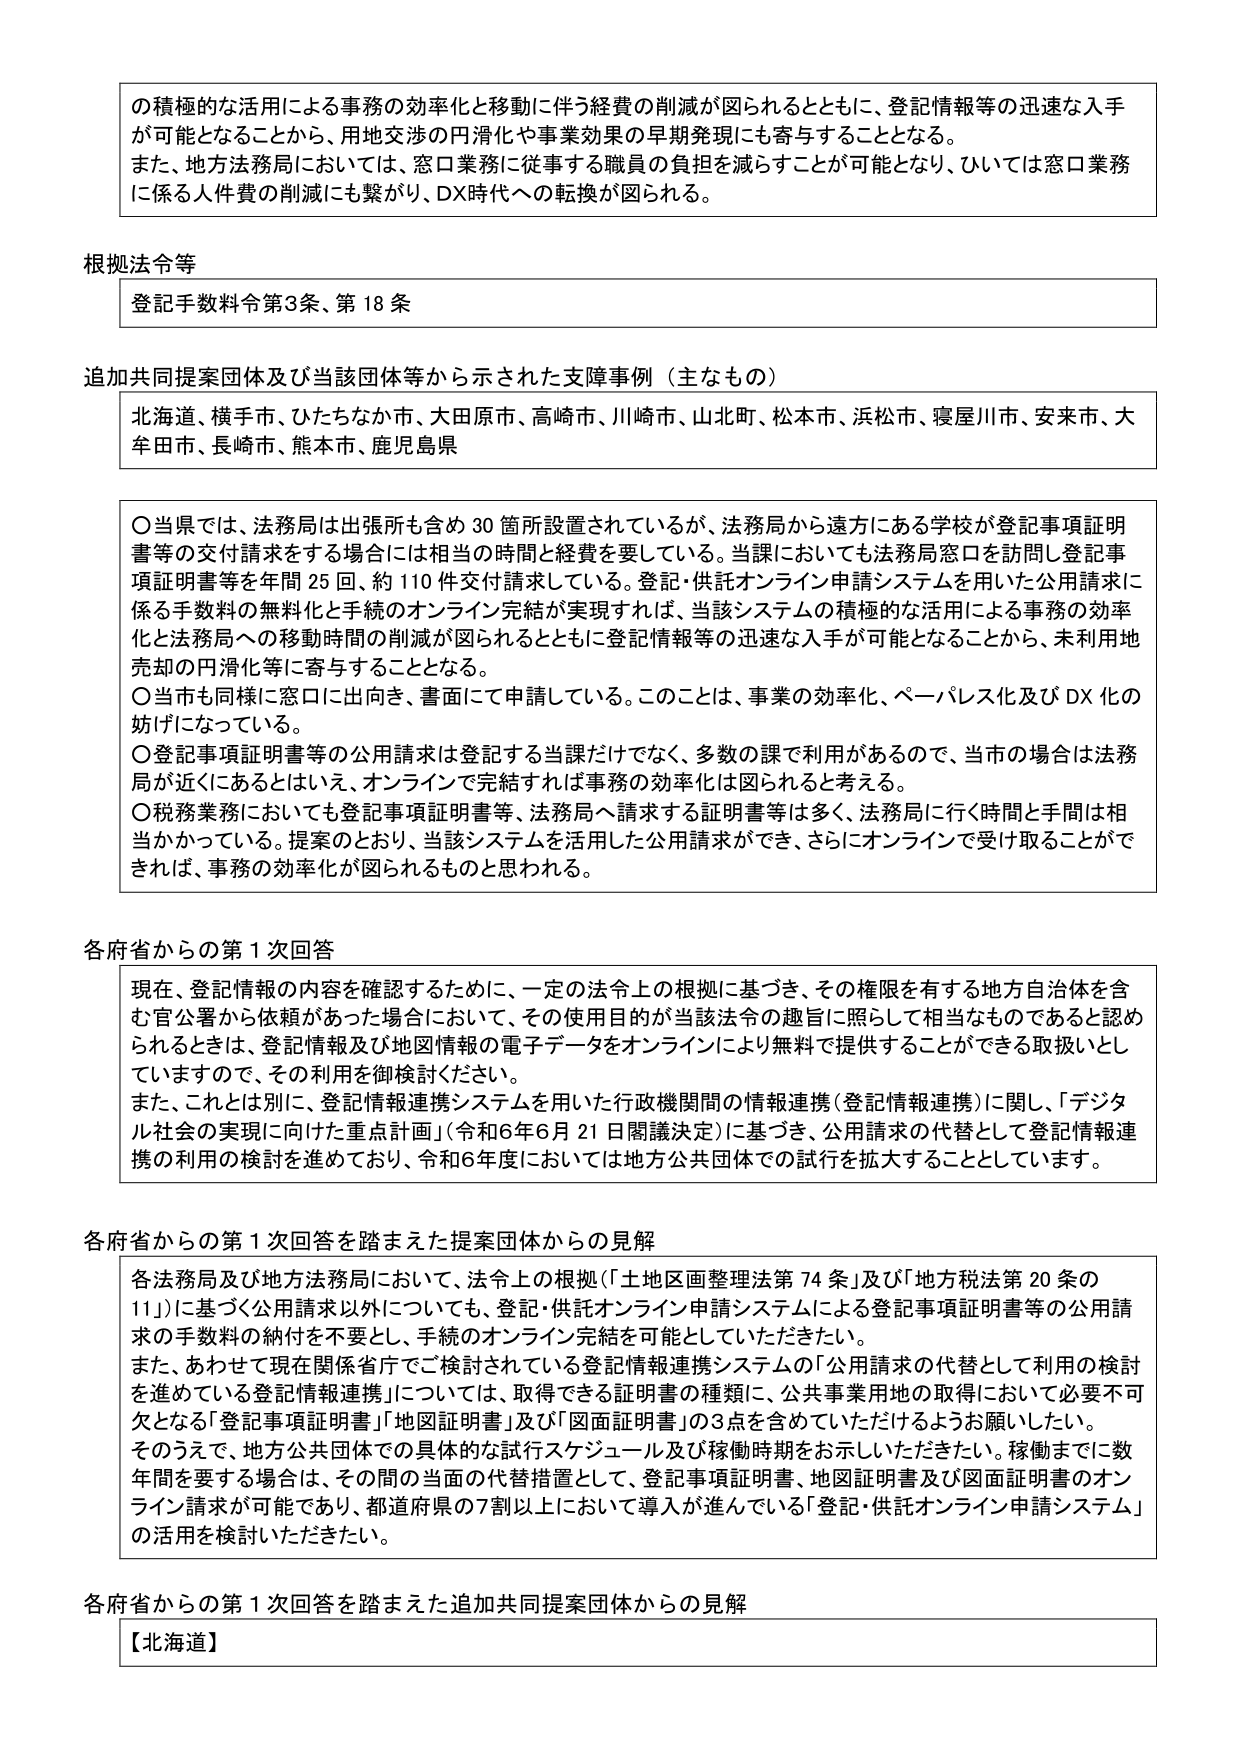
の積極的な活用による事務の効率化と移動に伴う経費の削減が図られるとともに、登記情報等の迅速な入手が可能となることから、用地交渉の円滑化や事業効果の早期発現にも寄与することとなる。
また、地方法務局においては、窓口業務に従事する職員の負担を減らすことが可能となり、ひいては窓口業務に係る人件費の削減にも繋がり、DX時代への転換が図られる。

根拠法令等
登記手数料令第3条、第18条

追加共同提案団体及び当該団体等から示された支援事例（主なもの）
北海道、横手市、ひたちなか市、大田原市、高崎市、川崎市、山北町、松本市、浜松市、寝屋川市、安来市、大牟田市、長崎市、熊本市、鹿児島県

〇当県では、法務局は出張所も含め30箇所設置されているが、法務局から遠方にある学校が登記事項証明書等の交付請求をする場合には相当の時間と経費を要している。当課においても法務局窓口を訪問し登記事項証明書等を年間25回、約110件交付請求している。登記・供託オンライン申請システムを用いた公用請求に係る手数料の無料化と手続のオンライン完結が実現すれば、当該システムの積極的な活用による事務の効率化と法務局への移動時間の削減が図られるとともに登記情報等の迅速な入手が可能となることから、未利用地売却の円滑化等に寄与することとなる。
〇当市も同様に窓口に出向き、書面にて申請している。このことは、事業の効率化、ペーパレス化及びDX化の妨げになっている。
〇登記事項証明書等の公用請求は登記する当課だけでなく、多数の課で利用があるので、当市の場合法務局が近くにあるとはいえ、オンラインで完結すれば事務の効率化は図られると考える。
〇税務業務においても登記事項証明書等、法務局へ請求する証明書等は多く、法務局に行く時間と手間は相当かかっている。提案のとおり、当該システムを活用した公用請求ができ、さらにオンラインで受け取ることができれば、事務の効率化が図られるものと思われる。

各府省からの第1次回答
現在、登記情報の内容を確認するために、一定の法令上の根拠に基づき、その権限を有する地方自治体を含む官公署から依頼があった場合において、その使用目的が当該法令の趣旨に照らして相当なものであると認められるときは、登記情報及び地図情報の電子データをオンラインにより無料で提供ことができる取扱いとしていますので、その利用を御検討ください。
また、これとは別に、登記情報連携システムを用いた行政機関間の情報連携（登記情報連携）に関し、「デジタル社会の実現に向けた重点計画」（令和6年6月21日閣議決定）に基づき、公用請求の代替として登記情報連携の利用の検討を進めており、令和6年度においては地方公共団体での試行を拡大することとしています。

各府省からの第1次回答を踏まえた提案団体からの見解
各法務局及び地方法務局において、法令上の根拠（「土地区画整理法第74条」及び「地方税法第20条の11」）に基づく公用請求以外についても、登記・供託オンライン申請システムによる登記事項証明書等の公用請求の手数料の納付を不要とし、手続のオンライン完結を可能としていただきたい。
また、あわせて現在関係省庁でご検討されている登記情報連携システムの「公用請求の代替として利用の検討を進めている登記情報連携」については、取得できる証明書の種類に、公共事業用地の取得において必要不可欠となる「登記事項証明書」「地図証明書」及び「図面証明書」の3点を含めていただけるようお願いしたい。
そのうえで、地方公共団体での具体的な試行スケジュール及び稼働時期を示していただきたい。稼働までに数年間を要する場合は、その間の当面の代替措置として、登記事項証明書、地図証明書及び図面証明書のオンライン請求が可能であり、都道府県の7割以上において導入が進んでいる「登記・供託オンライン申請システム」の活用を検討いただきたい。

各府省からの第1次回答を踏まえた追加共同提案団体からの見解
【北海道】